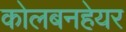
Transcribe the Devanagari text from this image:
कोलबनहेयर